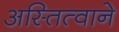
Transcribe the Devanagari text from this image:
अस्तित्‍वाने